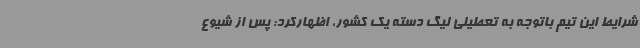
شرایط این تیم باتوجه به تعطیلی لیگ دسته یک کشور، اظهارکرد: پس از شیوع